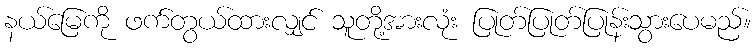
နယ်မြေကို ဖက်တွယ်ထားလျှင် သူတို့အားလုံး ပြုတ်ပြုတ်ပြုန်းသွားပေမည်။